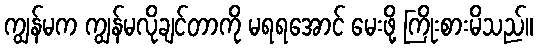
ကျွန်မက ကျွန်မလိုချင်တာကို မရရအောင် မေးဖို့ ကြိုးစားမိသည်။